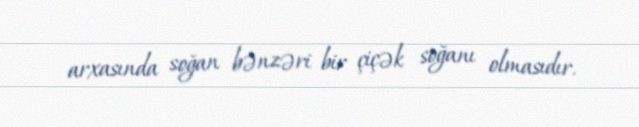
arxasında soğan bənzəri bir çiçək soğanı olmasıdır.